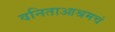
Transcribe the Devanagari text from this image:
वनिताआश्रमचं